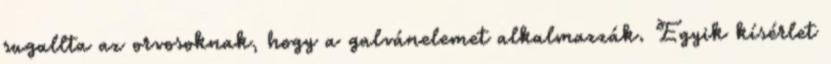
sugallta az orvosoknak, hogy a galvánelemet alkalmazzák. Egyik kísérlet